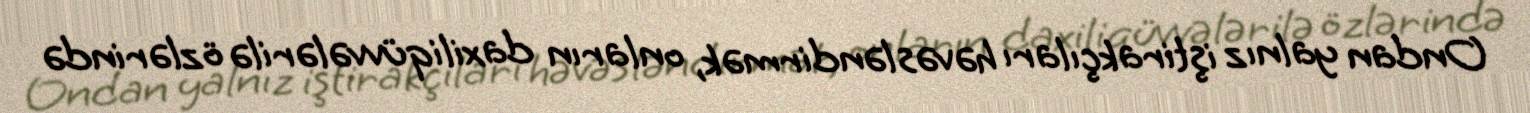
Ondan yalnız iştirakçıları həvəsləndirmək, onların daxiliqüvvələrilə özlərində